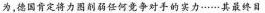
为，德国肯定将力图削弱任何竞争对手的实力……其最终目